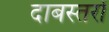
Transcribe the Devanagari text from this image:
दाबस्तरों